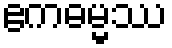
ဧကဓမ္မဿ